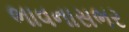
ભાવનાસભર